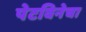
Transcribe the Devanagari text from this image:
पेटविनेचा